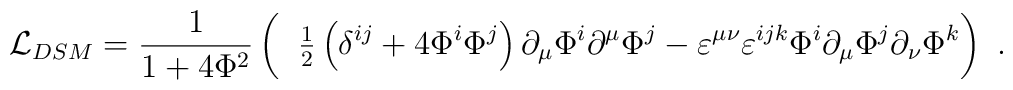
\!\!\!\!{\cal L}_{DSM}=\frac 1{1+4{\Phi }^2} \left(\phantom{\frac II}\! {\textstyle \frac 12} \left(\delta ^{ij}+4\Phi ^i\Phi ^j\right) \partial _\mu \Phi ^i\partial ^\mu\Phi ^j-\varepsilon ^{\mu \nu }\varepsilon ^{ijk}\Phi ^i\partial _\mu \Phi ^j\partial _\nu \Phi^k  \right)~ .